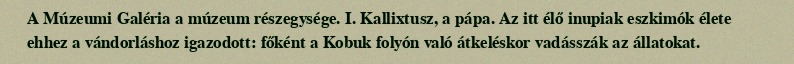
A Múzeumi Galéria a múzeum részegysége. I. Kallixtusz, a pápa. Az itt élő inupiak eszkimók élete ehhez a vándorláshoz igazodott: főként a Kobuk folyón való átkeléskor vadásszák az állatokat.